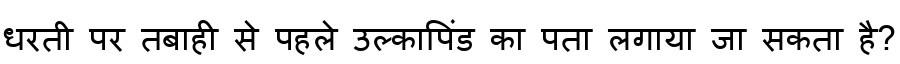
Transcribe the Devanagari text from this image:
धरती पर तबाही से पहले उल्कापिंड का पता लगाया जा सकता है?